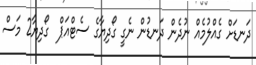
ދަނޑަށް ގެއްލުމެއް ނުދެން ދަނޑުން ނެގީ ގޯދިޔާގެ ސެޓްއަޕް  ގޯދިޔާ2 މަސް